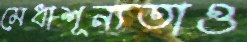
মেধাশূন্যতাও